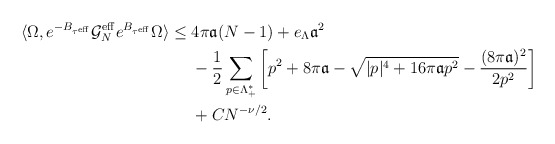
\begin{align*}\langle \Omega, e^{-B_{\tau^\mathrm{eff}}} \mathcal{G}_N^\mathrm{eff} e^{B_{\tau^\mathrm{eff}}} \Omega\rangle \le\;& 4\pi \mathfrak{a}(N-1)+e_\Lambda \mathfrak{a}^2\\&-\frac{1}{2}\sum_{p\in \Lambda_+^*}\left[ p^2+8\pi\mathfrak{a}-\sqrt{|p|^4+ 16\pi \mathfrak{a}p^2}-\frac{(8\pi \mathfrak{a})^2}{2p^2}\right]\\&+CN^{-\nu/2}.\end{align*}